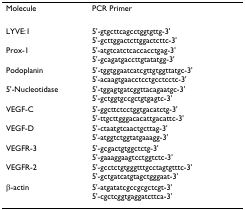
| Molecule | PCR Primer |
 | --- | --- |
 | LYVE:1 | 5'-gtgcttcagcctggtgttg-3'5'-gcttggactcttggactcttc-3' |
 | Prox-1 | 5'-atgtcatctcaccacctgag-3'5'-gcagatgaccttgtatatgg-3' |
 | Podoplanin | 5'-tggtggaatcatcgttgtggttatgc-3'5'-acaagtgaacctcctgcctcctc-3' |
 | 5'-Nucleotidase | 5'-tggagtgatcggttacagaatgc-3'5'-gctggtgccgctgtgagtc-3' |
 | VEGF-C | 5'-ggcttctcctggtgacatctg-3'5'-ttgcttgggacacattgacattc-3' |
 | VEGF-D | 5'-ctaatgtcaactgcttag-3'5'-atggtctggtatgaaagg-3' |
 | VEGFR-3 | 5'-gcgactgtggctctg-3'5'-gaaaggaagtcctggtctc-3' |
 | VEGFR-2 | 5'-gcctctgtgggtttgcctagtgtttc-3'5'-gctgatcatgtagctgggaat-3' |
 | β-actin | 5'-atgatatcgccgcgctcgt-3'5'-cgctcggtgaggatcttca-3' |